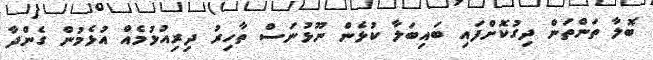
ބޮލާ ތަންތަން ދިގުކޮށްފައި ބައިބަލާ ކުޅެން ނޫޅުނަސް ތާހިރު ދިރިއުޅުމެއް އުޅެމުން ގެންދާ